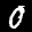
Label: 0